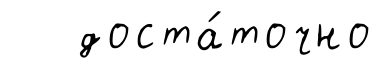
доста́точно